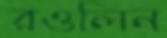
রওলিন